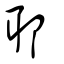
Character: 耶